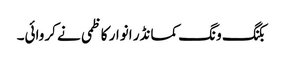
بکنگ ونگ کمانڈر انوار کاظمی نے کروائی۔